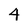
Character: 4